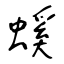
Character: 螇